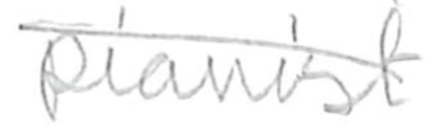
Text: pianist
Cross-out: diagonal
Writing tool: pencil